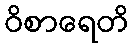
ဝိစာရေတိ